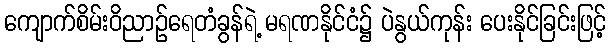
ကျောက်စိမ်းဝိညာဉ်ရေတံခွန်ရဲ့ မရဏနိုင်ငံ၌ ပဲနွယ်ကုန်း ပေးနိုင်ခြင်းဖြင့်